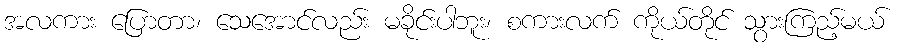
အလကား ပြောတာ၊ သေအောင်လည်း မခိုင်းပါဘူး၊ စကားလက် ကိုယ်တိုင် သွားကြည့်မယ်